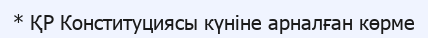
* ҚР Конституциясы күніне арналған көрме